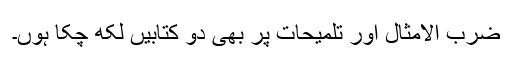
ضرب الامثال اور تلمیحات پر بھی دو کتابیں لکھ چکا ہوں۔